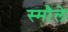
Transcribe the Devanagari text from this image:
स्मौले